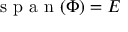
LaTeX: { \textrm { s p a n } } ( \Phi ) = E